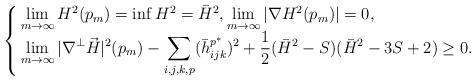
LaTeX: \begin{align*}\begin{cases}\begin{aligned}&\lim_{m\rightarrow\infty} H^2(p_m)=\inf H^2=\bar H^2,\lim_{m\rightarrow\infty} |\nabla H^2(p_m)|=0,\\&\lim_{m\rightarrow\infty} |\nabla ^{\perp}\vec H|^2(p_m)-\sum_{i,j,k,p}(\bar h^{p^{\ast}}_{ijk})^2+\dfrac12(\bar H^2-S)(\bar H^2-3S+2)\geq 0.\end{aligned}\end{cases}\end{align*}